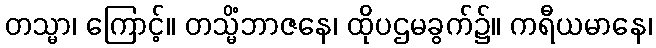
တသ္မာ၊ ကြောင့်။ တသ္မိံဘာဇနေ၊ ထိုပဌမခွက်၌။ ကရီယမာနေ၊